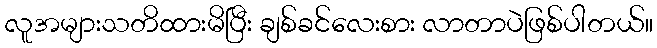
လူအများသတိထားမိပြီး ချစ်ခင်လေးစား လာတာပဲဖြစ်ပါတယ်။